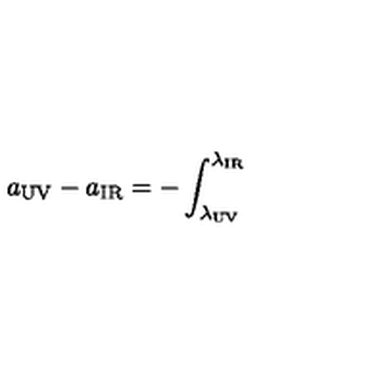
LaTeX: a _ { \mathrm { U V } } - a _ { \mathrm { I R } } = - \int _ { \lambda _ { \mathrm { U V } } } ^ { \lambda _ { \mathrm { I R } } }